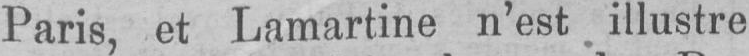
Paris, et Lamartine n’est illustre